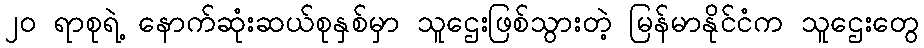
၂၀ ရာစုရဲ့ နောက်ဆုံးဆယ်စုနှစ်မှာ သူဌေးဖြစ်သွားတဲ့ မြန်မာနိုင်ငံက သူဌေးတွေ